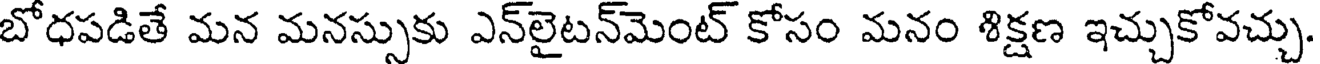
బోధపడితే మన మనస్సుకు ఎన్లైటన్మెంట్ కోసం మనం శిక్షణ ఇచ్చుకోవచ్చు